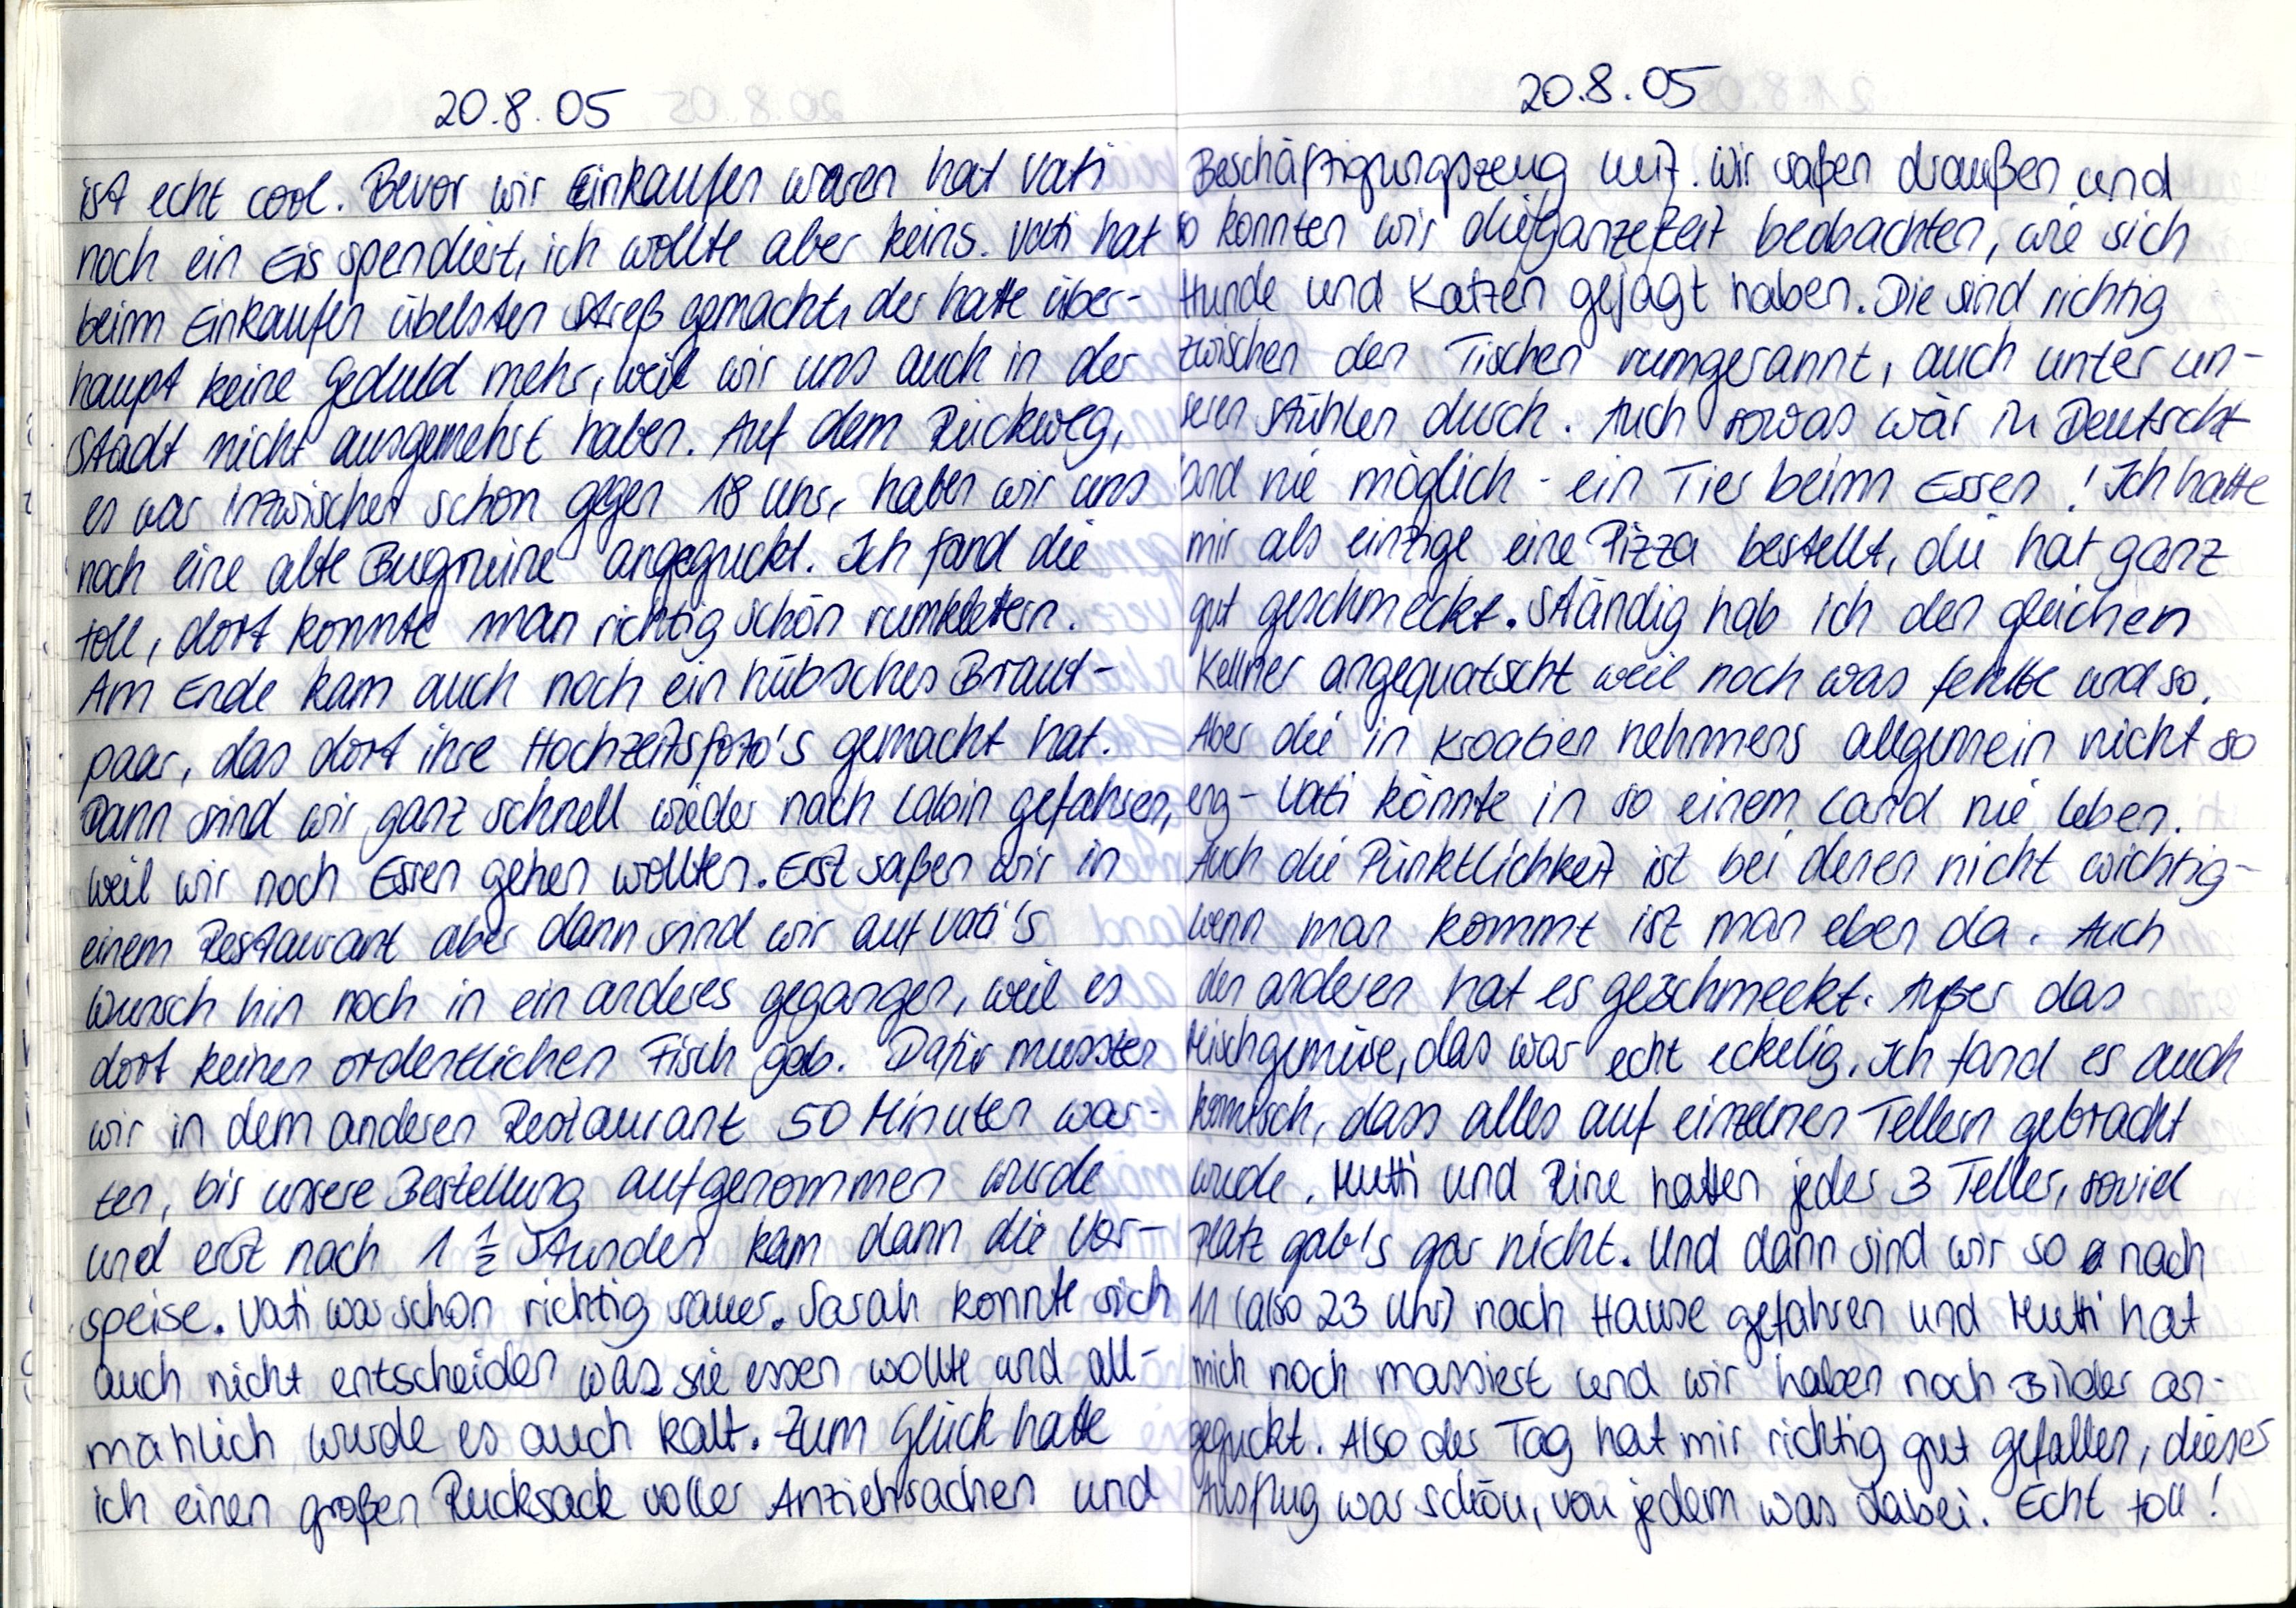
20.8.05
ist echt cool. Bevor wir Einkaufen waren hat Vati
noch ein Eis spendiert, ich wollte aber keins. Vati hat
beim Einkaufen übelsten Streß gemacht, der hatte über
haupt keine Geduld mehr, weil wir uns auch in der
Stadt nicht ausgemehrt haben. Auf dem Rückweg,
es war inzwischer schon gegen 18 Uhr, habe wir uns
noch eine alte Bugneine" angeguckt. Ich fand die
toll, dort konnte man richtig schön runkletern.
Am Ende kam auch noch ein hubsches Braut.
paar, das dort ihre Hochzeitsfoto's gemacht hat.
Dann sind wir ganz schnell wieder nach Labin gefahren,
weil wir noch Esren gehen wollten. Erst saßen wir in
einem Restaurant aber dann sind wir auf Vali's
Wunsch hin noch in ein anderes gegangen, weil es
dort keinen ordentlichen Fisch gab. Nafür mussten
wir in dem anderen Redaurant 50 Minuten war-
ten, bis unsere Bestellung aufgenommen wurde
und erst nach 1 ½ Stunden kam dann die Vor-
speise. Vati war schon richtig sauer. Sarah konnte sich
auch nicht entscheiden was sie essen wollte und all-
mählich wurde es auch kalt. Zum Glück habe
ich einen großen Rucksack voller Anziehtrachen und

20.8.05
Beschäftigungszeug meit. Wir safen draußen und
o konnten wir dufganzeZeit beobachten, wie sich
Hunde und Katzen gefagt haben. Die und richtig
zwischen den Tischen rumgerannt, auch unter un
seren Stühlen durch. Auch) sowas war in Deutsch
und nie möglich - ein Tier beim Essen! Ich hatte
mir als einzige eine Rizza bestellt, du hat ganz
git geschmeckt. Ständig hab ich den glachen
Helner angequatscht weil noch was fehlbe und so.
Aber die in kroaben hehmens allgemein nicht so
erg-Vati konnte in so einem Land nie leben.
Auich die Pünktlichkeit ist bei denen nicht wichtig
wenn man kommt ist man eben da. Auch
uen anderen hat es geschmeekt. Außer das
Michgemüse, das war echt eckelig. Ich fand es auch
hmusch, dass alles auf eineinen Tellern gebracht
wiede. Mutti und Rine hatten jeder 3 Teller, soviel
Platz gab's gar nicht. Und dann sind wir so a nach
I1 (also 23 Uh) nach Hause gefahren und Mutti hat
mich noch massiert und wir haben noch s ilder an-
geguckt. Also der Tag hat mir richtig gut gefallen, dieses
Hsflug war schön, von jedem was Labei. Echt toll!